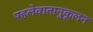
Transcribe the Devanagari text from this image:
पहलेवातानुकूलन